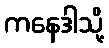
ကနေဒါသို့